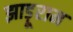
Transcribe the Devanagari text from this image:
झाड़ूराम